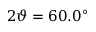
2 \vartheta = 6 0 . 0 ^ { \circ }